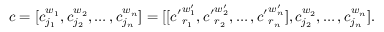
c = [ c _ { j _ { 1 } } ^ { w _ { 1 } } , c _ { j _ { 2 } } ^ { w _ { 2 } } , \dots , c _ { j _ { n } } ^ { w _ { n } } ] = [ [ { c ^ { \prime } } _ { r _ { 1 } } ^ { w _ { 1 } ^ { \prime } } , { c ^ { \prime } } _ { r _ { 2 } } ^ { w _ { 2 } ^ { \prime } } , \dots , { c ^ { \prime } } _ { r _ { n } } ^ { w _ { n } ^ { \prime } } ] , c _ { j _ { 2 } } ^ { w _ { 2 } } , \dots , c _ { j _ { n } } ^ { w _ { n } } ] .